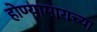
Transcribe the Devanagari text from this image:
होण्यामागच्या